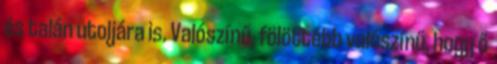
és talán utoljára is. Valószínű, fölöttébb valószínű, hogy ő